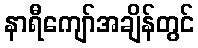
နာရီကျော်အချိန်တွင်